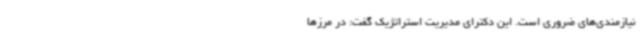
نیازمندی‌های ضروری است. این دکترای مدیریت استراتژیک گفت: در مرزها